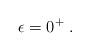
LaTeX: \begin{align*}\epsilon=0^{+}\; .\end{align*}